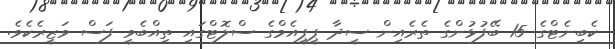
ކެބިނެޓްގެ 15 ބޭފުޅުންގެ ތެރެއިން ސީދާ ޕީޕީއެމްގެ ސްލޮޓްގައި ތިއްބެވީ ފަސް ވަޒީރެކެވެ.